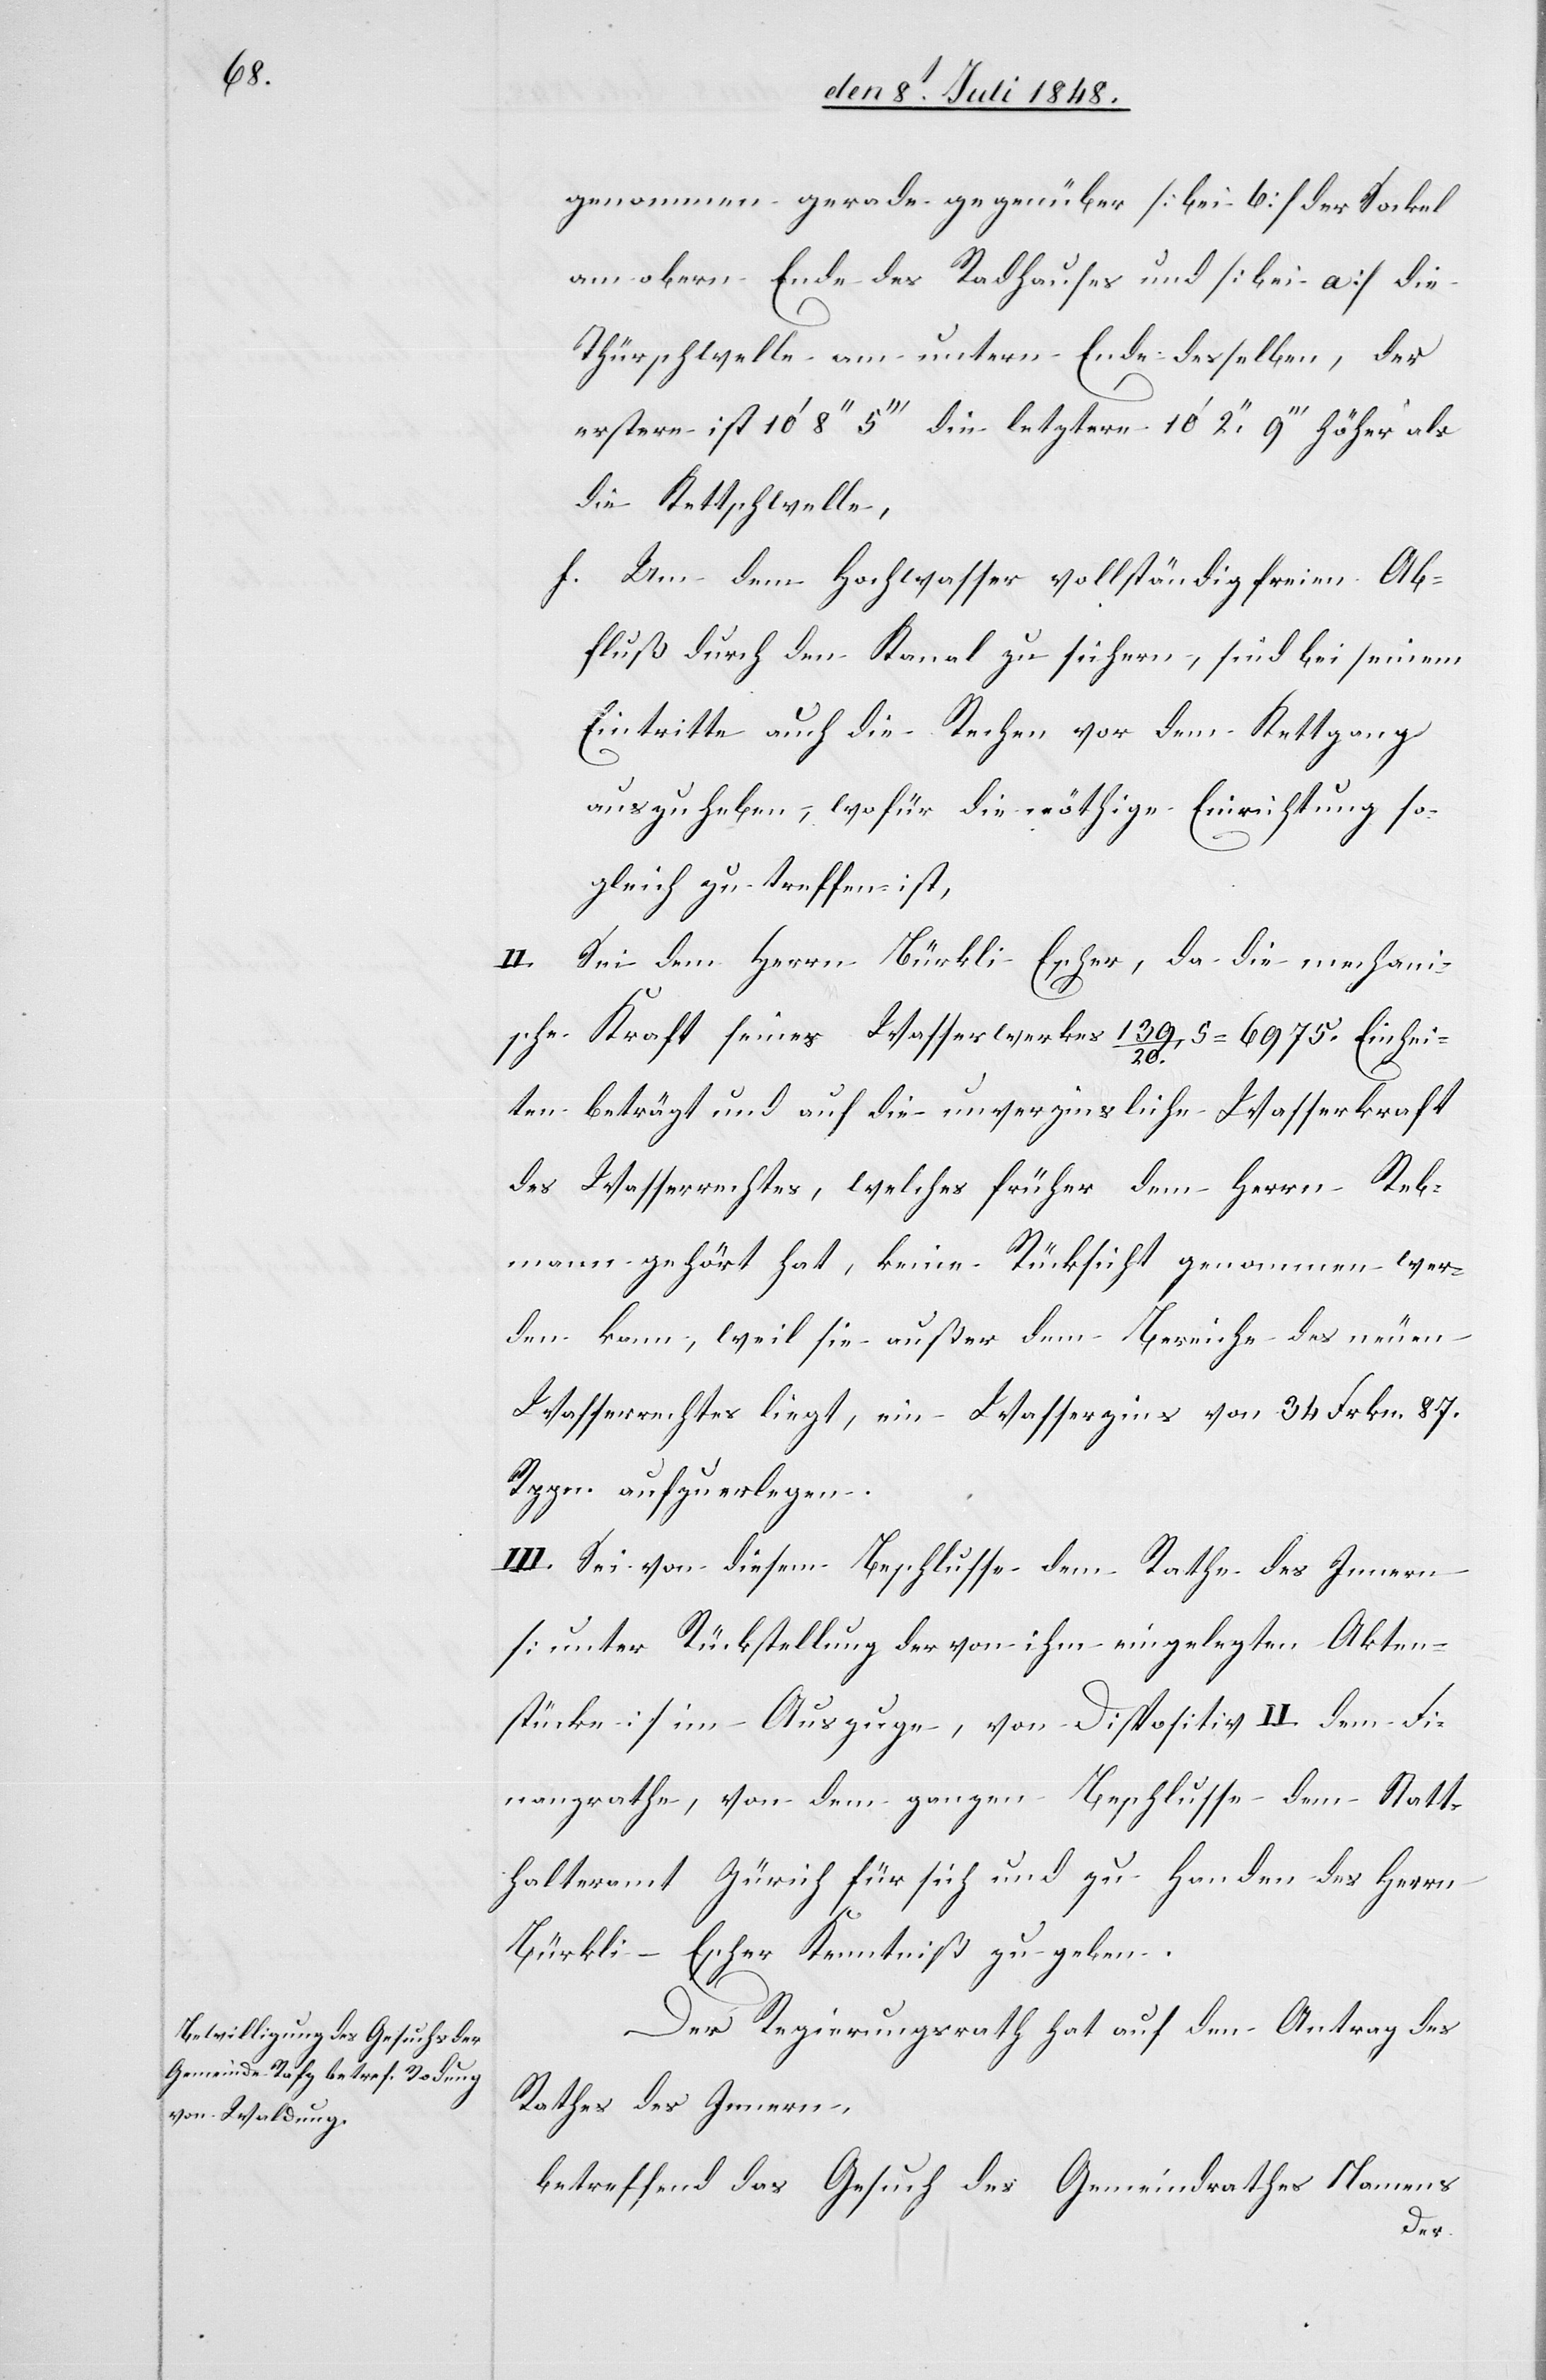
genommen gerade gegenüber [bei b] der Sockel
am obern Ende des Radhauses und [bei a] die
Thürschwelle am untern Ende desselben, der
erstere ist 10’8’’5’’’ die letztere 10’2’’9’’’ höher als
die Kettschwelle,
f. Um dem Hochwasser vollständig freien Ab¬
fluß durch den Kanal zu sichern, sind bei seinem
Eintritte auch die Rechen vor dem Kettgang
auszuheben, wofür die nöthige Einrichtung so¬
gleich zu treffen ist,
II. Sei dem Herrn Bürkli-Escher, da die mechani¬
sche Kraft seines Wasserwerkes 139/20 [?S]=6975. Einhei¬
ten beträgt und auf die unverzinsliche Wasserkraft
des Wasserrechtes, welches früher dem Herrn Reb¬
mann gehört hat, keine Rücksicht genommen wer¬
den kann, weil sie außer dem Bereiche des neuen
Wasserrechtes liegt, ein Wasserzins von 87.
Rppn aufzuerlegen.
III. Sei von diesem Beschlusse dem Rathe des Innern
[unter Rückstellung der von ihm eingelegten Akten¬
stücke] im Auszuge, von Dispositiv II. dem Fi¬
nanzrathe, von dem ganzen Beschlusse dem Statt¬
halteramt Zürich für sich und zu Handen des Herrn
Bürkli-Escher Kenntniß zu geben.
Der Regierungsrath hat auf den Antrag des
Rathes des Innern
betreffend das Gesuch des Gemeindrathes Namens